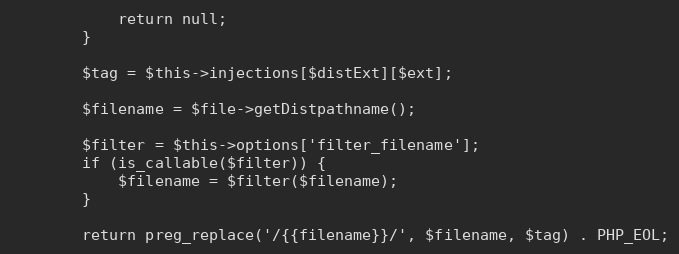
Language: PHP
            return null;
        }

        $tag = $this->injections[$distExt][$ext];

        $filename = $file->getDistpathname();

        $filter = $this->options['filter_filename'];
        if (is_callable($filter)) {
            $filename = $filter($filename);
        }

        return preg_replace('/{{filename}}/', $filename, $tag) . PHP_EOL;